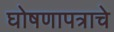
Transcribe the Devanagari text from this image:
घोषणापत्राचे